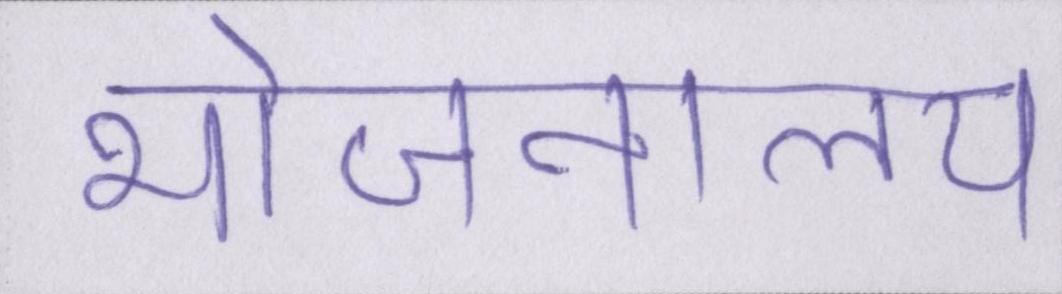
भोजनालय